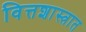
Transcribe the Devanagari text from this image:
वित्तशास्त्रात